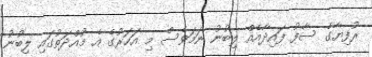
ރުފިޔާގެ ސާފު ފައިދާއެއް ލިބުނު ނަމަވެސް މި އަހަރުގެ އެ މުއްދަތުގައި ލިބުނު